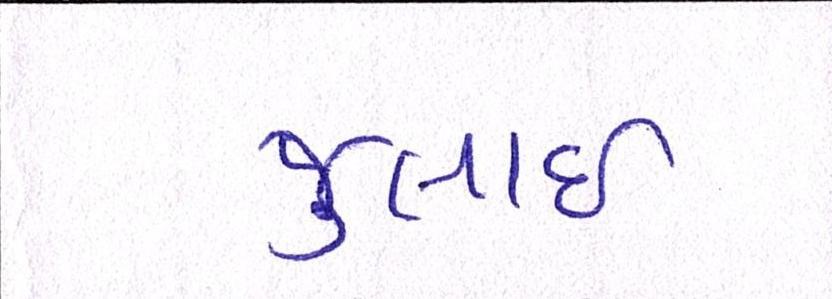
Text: જુલાઇ